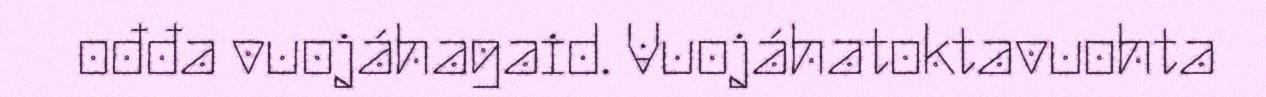
ođđa vuojáhagaid. Vuojáhatoktavuohta